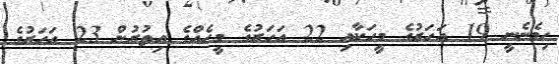
ހިމެނެނީ 19 އަހަރުގެ މީހަކާއި 22 އަހަރުގެ މީހެއްގެ އިތުރުން 23 އަހަރުގެ